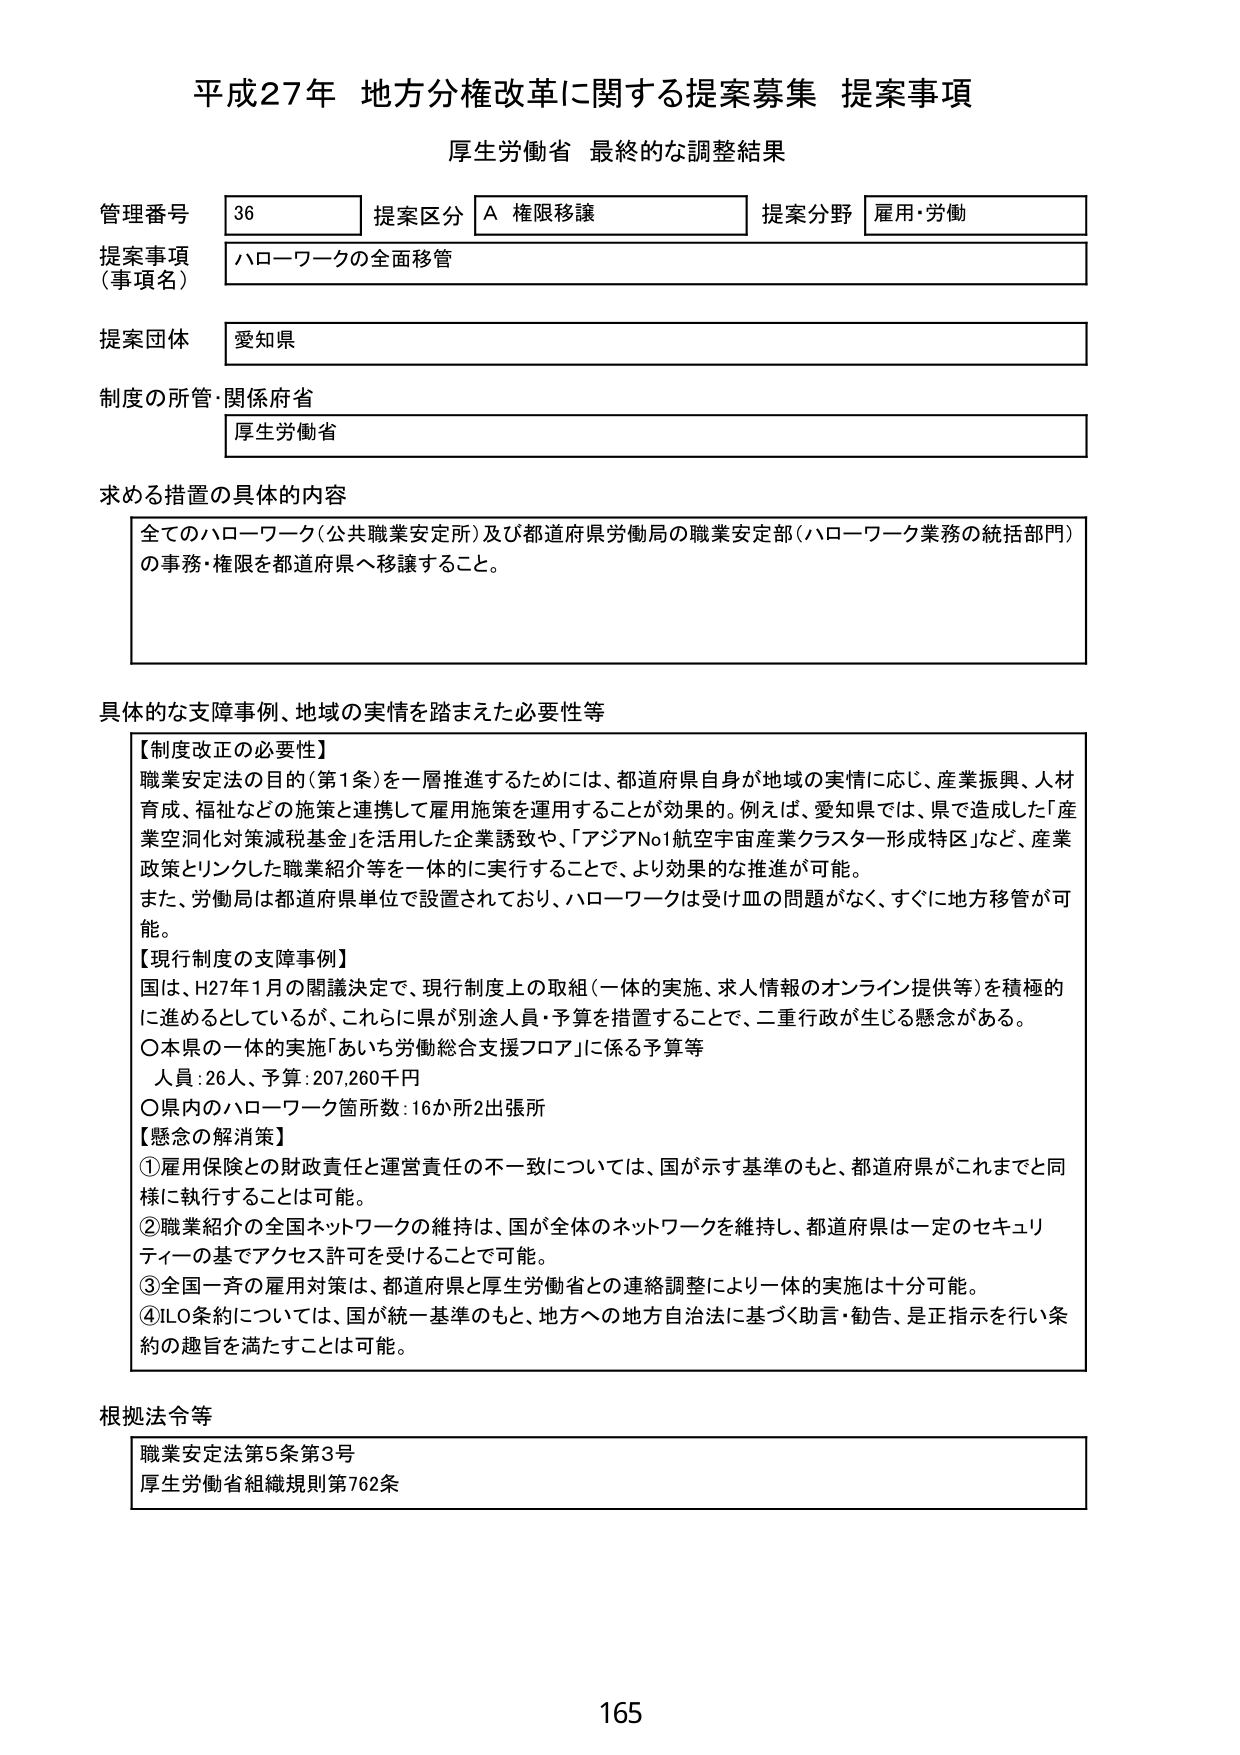
平成27年 地方分権改革に関する提案募集 提案事項
厚生労働省 最終的な調整結果

管理番号 36 提案区分 A 権限移譲 提案分野 雇用・労働
提案事項（事項名） ハローワークの全面移管
提案団体 愛知県
制度の所管・関係府省 厚生労働省

求める措置の具体的内容
全てのハローワーク（公共職業安定所）及び都道府県労働局の職業安定部（ハローワーク業務の統括部門）の事務・権限を都道府県へ移譲すること。

具体的な支障事例、地域の実情を踏まえた必要性等
【制度改正の必要性】
職業安定法の目的（第1条）を一層推進するためには、都道府県自身が地域の実情に応じ、産業振興、人材育成、福祉などの施策と連携して雇用施策を運用することが効果的。例えば、愛知県では、県で造成した「産業空洞化対策減税基金」を活用した企業誘致や、「アジアNo1航空宇宙産業クラスター形成特区」など、産業政策とリンクした職業紹介等を一体的に実行することで、より効果的な推進が可能。
また、労働局は都道府県単位で設置されており、ハローワークは受け皿の問題がなく、すぐに地方移管が可能。

【現行制度の支障事例】
国は、H27年1月の閣議決定で、現行制度上の取組（一体的実施、求人情報のオンライン提供等）を積極的に進めようとしているが、これらに県が別途人員・予算を措置することで、二重行政が生じる懸念がある。
○本県の一体的実施「あいち労働総合支援フロア」に係る予算等
　人員：26人、予算：207,260千円
○県内のハローワーク箇所数：16か所2出張所

【懸念の解消策】
①雇用保険との財政責任と運営責任の不一致については、国が示す基準のもと、都道府県がこれまでと同様に執行することは可能。
②職業紹介の全国ネットワークの維持は、国が全体のネットワークを維持し、都道府県は一定のセキュリティの基でアクセス許可を受けることで可能。
③全国一斉の雇用対策は、都道府県と厚生労働省との連絡調整により一体的実施は十分可能。
④ILO条約については、国が統一基準のもと、地方への地方自治法に基づく助言・勧告、是正指示を行い条約の趣旨を満たすことは可能。

根拠法令等
職業安定法第5条第3号
厚生労働省組織規則第762条

165